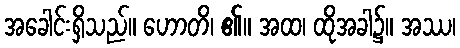
အခေါင်းရှိသည်။ ဟောတိ၊ ၏။ အထ၊ ထိုအခါ၌။ အဿ၊